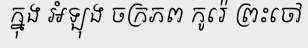
ក្នុង អំឡុង ចក្រភព កូរ៉េ ព្រះចៅ